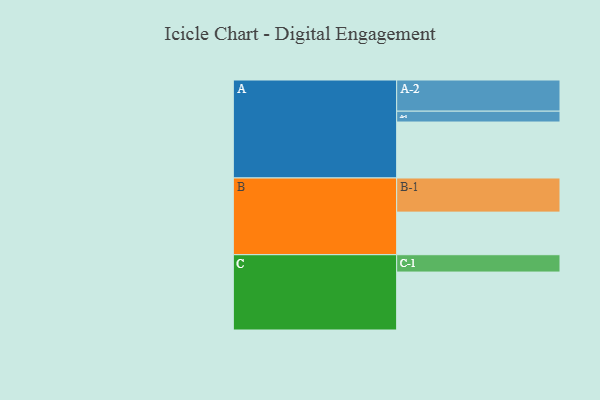
{"axis": {"x": "Segment", "y": "Value"}, "legend": ["", "A", "B", "C"], "data": [{"x": "A", "y": 397, "type": ""}, {"x": "B", "y": 302, "type": ""}, {"x": "C", "y": 411, "type": ""}, {"x": "A-1", "y": 77, "type": "A"}, {"x": "A-2", "y": 221, "type": "A"}, {"x": "B-1", "y": 242, "type": "B"}, {"x": "C-1", "y": 123, "type": "C"}]}